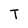
Character: T